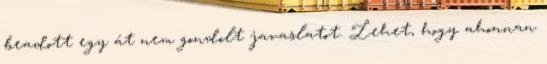
beadott egy át nem gondolt javaslatot. Lehet, hogy ahonnan